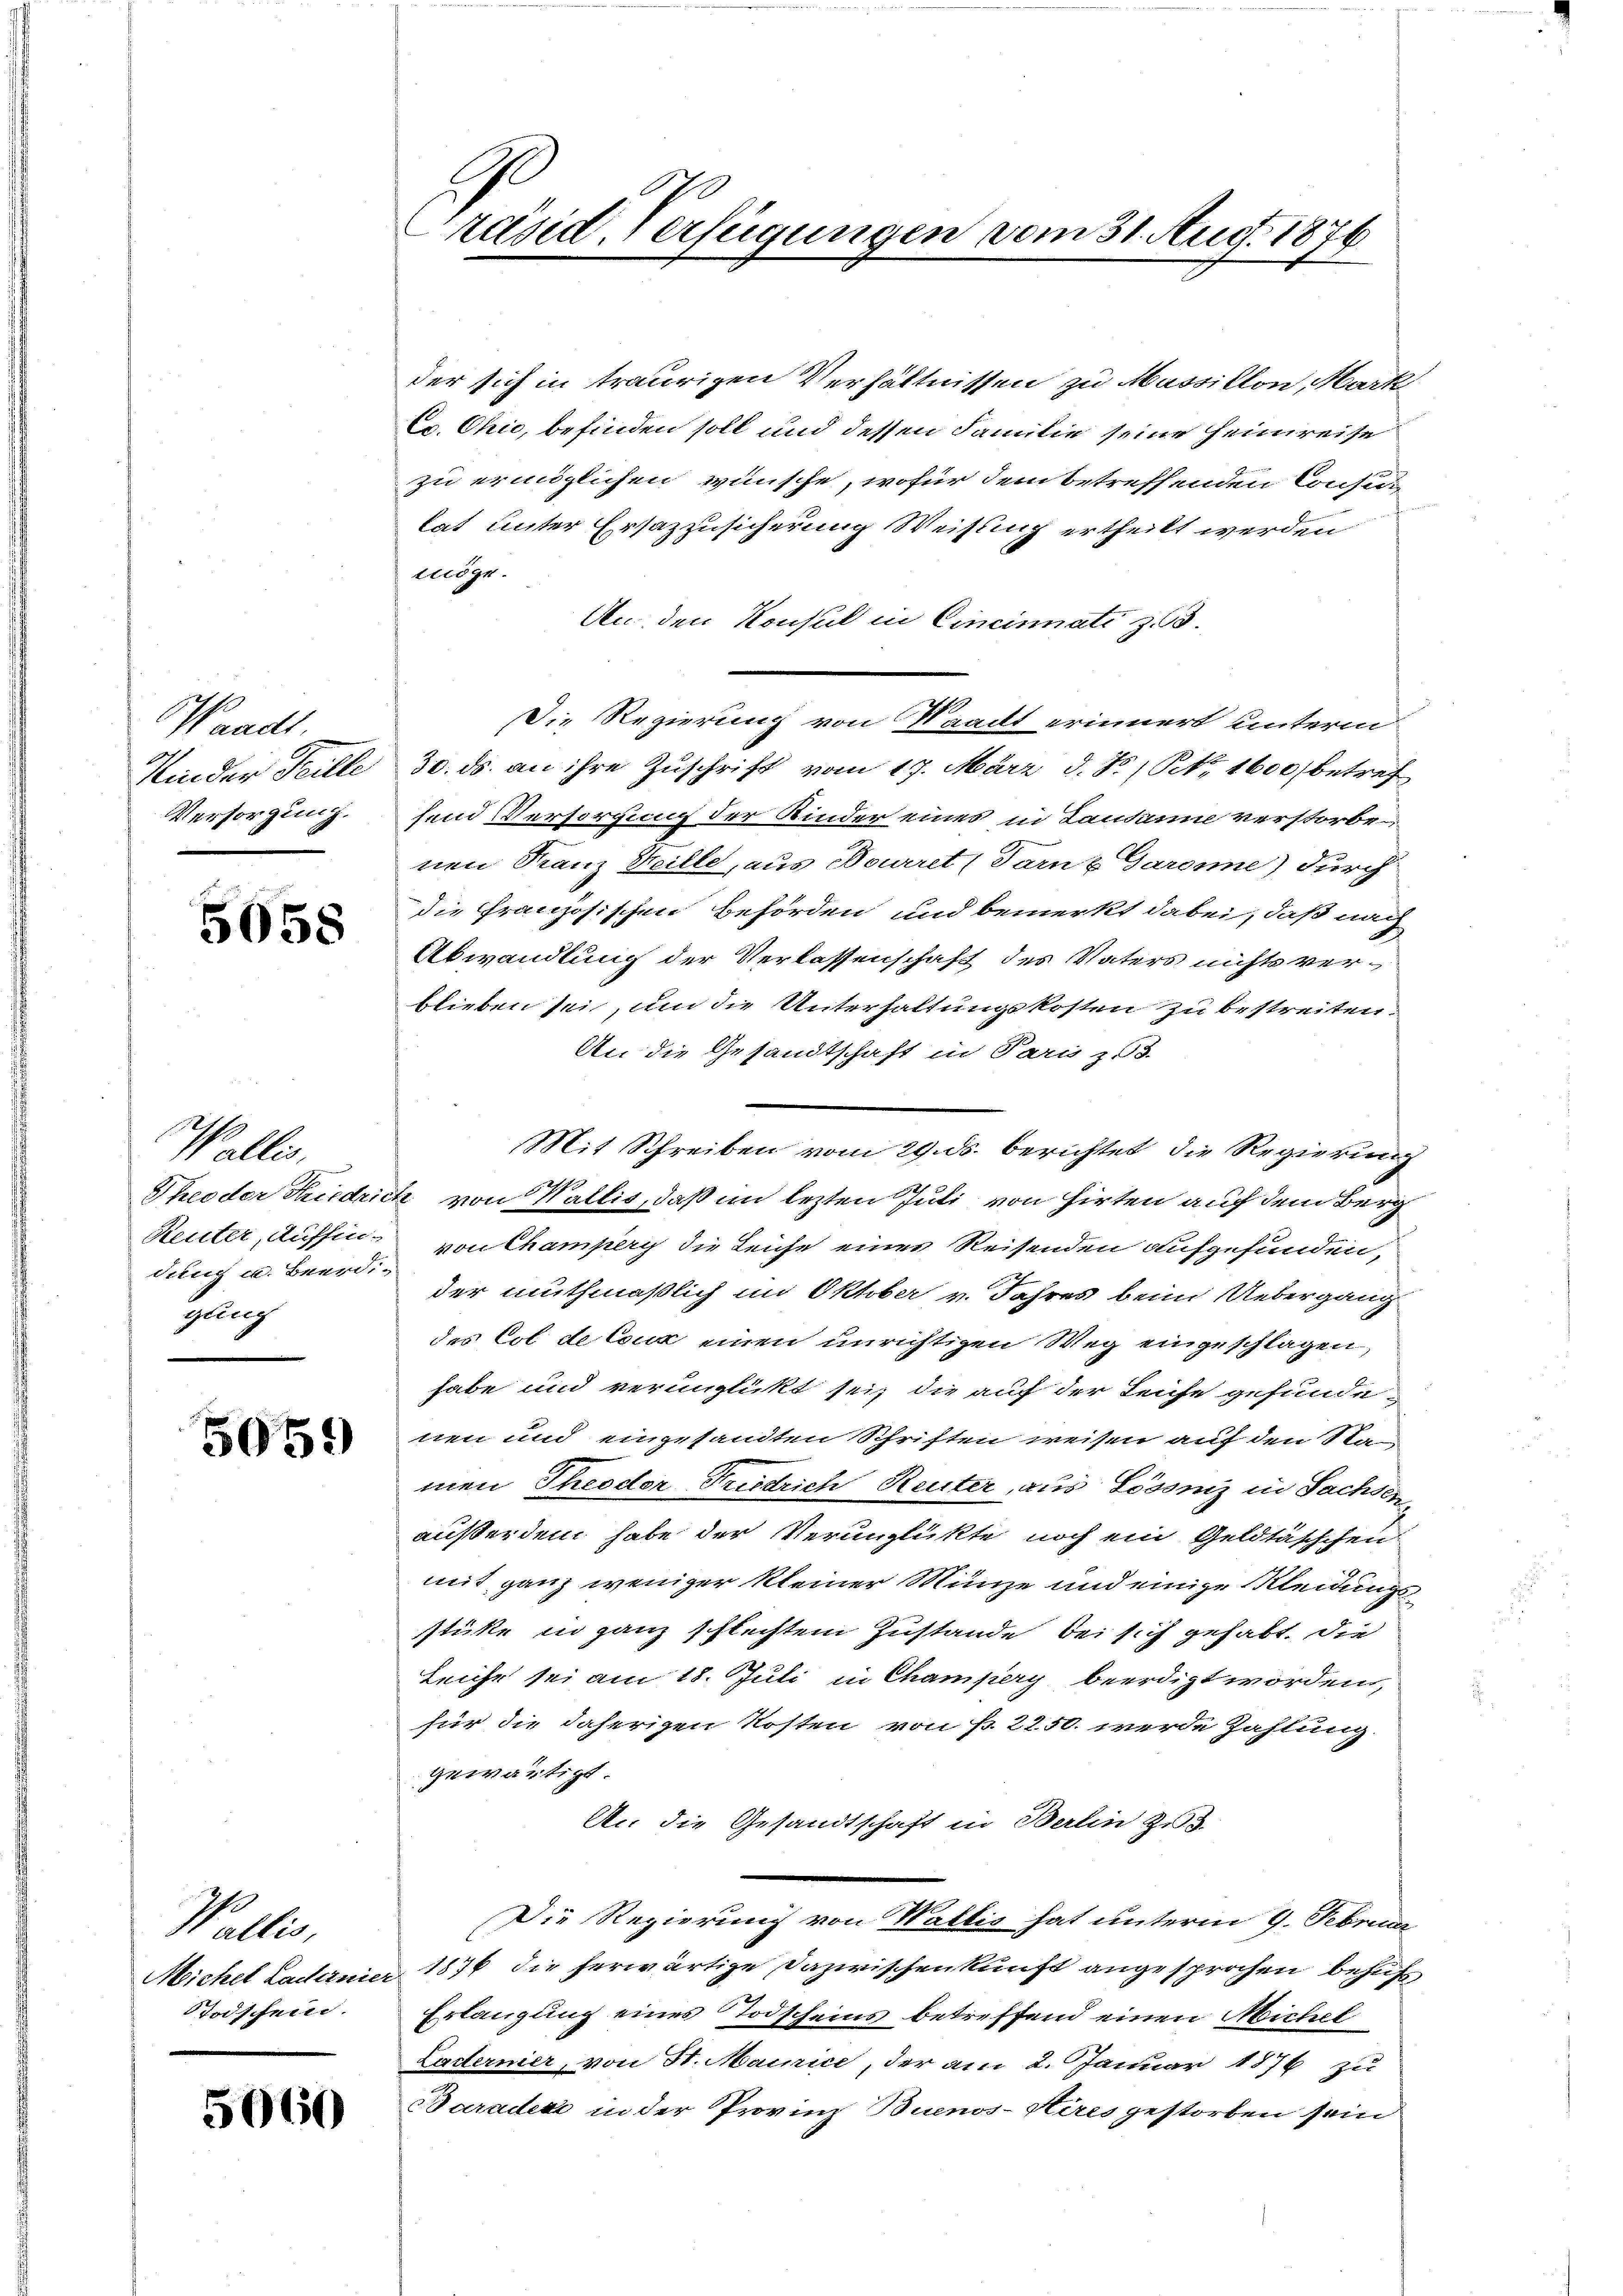
Waadt
Kinder Teille
Versorgung.

5058

Wallis,
Theo der Friedric
Reuter, Auffindung u. Beerdigung

5059

Wallis
Michel Ladernier
STodschein.

5060

I
Präsid. Verfügungen vom 31. Aug. 1876

der sich in traurigen Verhältnissen zu Massillon, Mark
Cv. Chie, befinden soll und dessen Familie seine Heimreise
zu ermöglichen wünsche, wofür dem betreffenden Consun
lat unter Ersazzusicherung Weisung ertheilt werden
tlöge.
An den Konsul in Cincinati z. B.
Die Regierung von Waadt erinnert unterm
30. ds. an ihre Zuschrift vom 17. März d. J., No. 1600 betref
hend Versorgung der Kinder eines in Lausanne verstorbe
nen Franz Steilte, aus Bouriret (Tarn-Garone) durch
die französischen Behörden und bemerkt dabei, daß nach
Abwandlung der Verlassenschaft des Vaters nichts verblieben sei, um die Unterhaltungskosten zu bestreiten.
An die Gesandtschaft in Paris z. 3.
Mit Schreiben vom 29. ds. berichtet, die Regierung
. von Wallis, daß im lezten Juli von Hirten auf dem Berg
von Champery die Leiche eines Reisenden aufgefunden,
der muthmaßlich im Oktober v. Jahres beim Uebergang
des Col de Coux einen unrichtigen Weg eingeschlagen,
habe und verunglückt sei, die auf der Leiche gefundenen und eingesandten Schriften weisen auf den Namen Theodor Friedrich Reuter, aus Lossiz in Sachsen
außerdem habe der Verunglükte noch ein Geldtäschchen
mit ganz weniger kleiner Münze und einige Kleidungsstüke in ganz schlechtem Zustande bei sich gehabt. Die
Leiche sei am 18. Juli in Champery beerdigt worden,
für die daherigen Kosten von f. 2250. werde Zahlung.
gewärtigt.
An die Gesandtschaft in Berlin zu
Die Regierung von Wallis hat unterm 9. Februar
1876 die herwärtige Dazwischenkunft angesprochen behuf
Erlangung eines Todscheins betreffend einen Michel
Ladernier, von St. Mainice, der am 2. Januar 1876 zu
Paradere in der Provinz Buenos-Hires gestorben sein